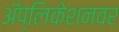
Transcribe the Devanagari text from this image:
अॅप्लिकेशनवर